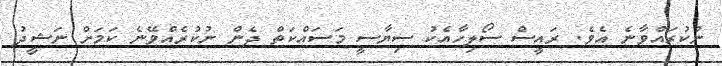
ނުކުރައްވާނެ އެވެ. ރައީސް ސޯލިހާއެކު ސިޔާސީ މަސައްކަތް ދެން ނުކުރެއްވޭނެ ކަމަށް ނަޝީދު